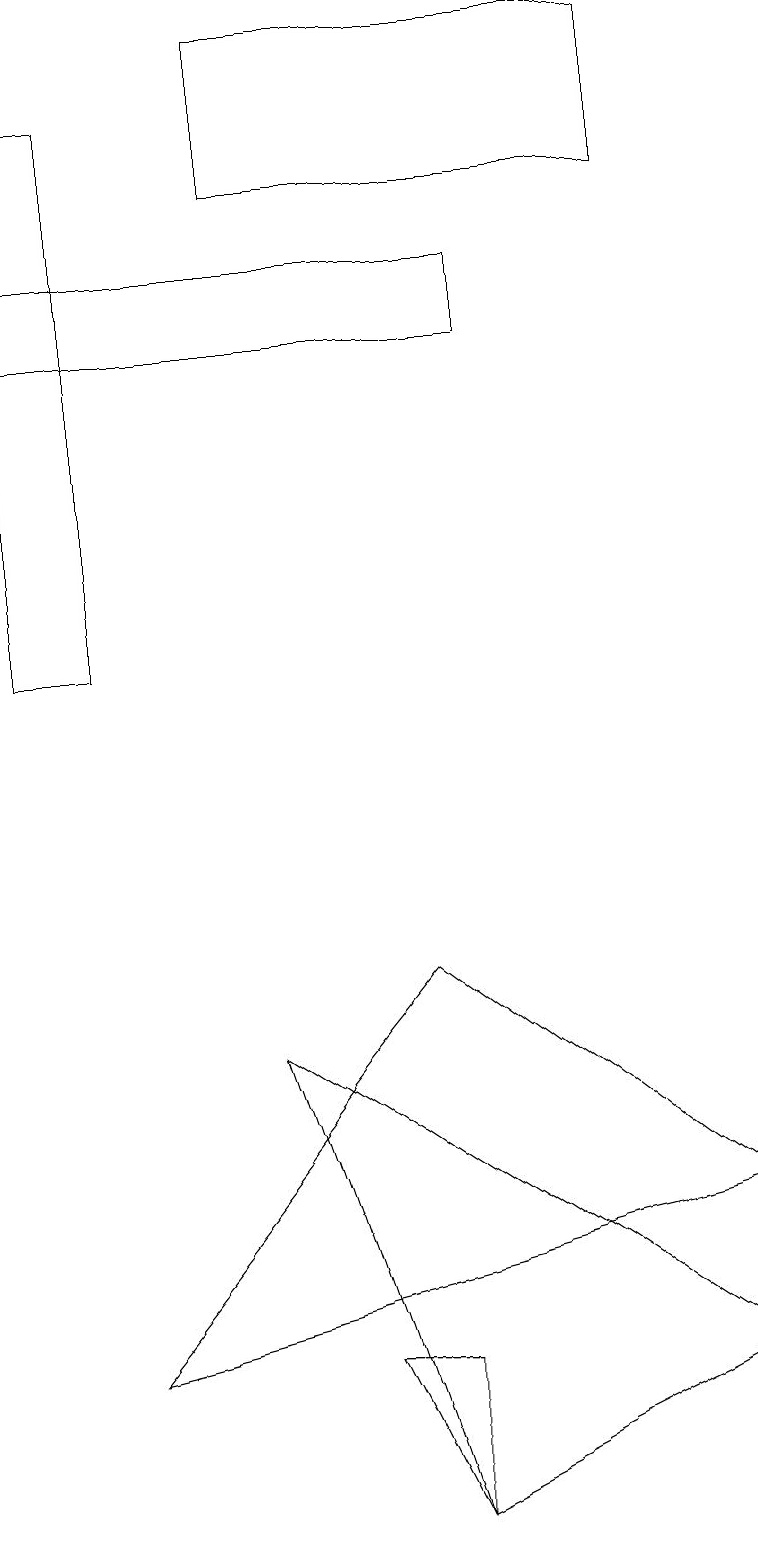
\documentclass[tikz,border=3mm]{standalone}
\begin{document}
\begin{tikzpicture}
\draw (5,7) -- (1,2) -- (9,4) -- cycle;
\draw (5,0) -- (3,6) -- (9,2) -- cycle;
\draw (6,15) rectangle (0,16);
\draw (8,19) rectangle (3,17);
\draw (1,18) rectangle (0,11);
\draw (4,2) -- (5,2) -- (5,0) -- cycle;
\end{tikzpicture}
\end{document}